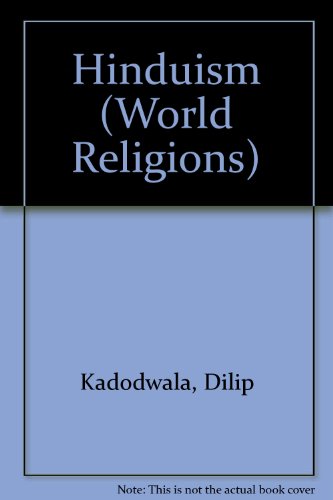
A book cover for Hinduism (World Religions); Dilip Kadodwala; Teen & Young Adult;